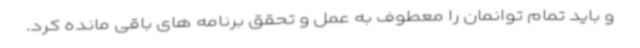
و باید تمام توانمان را معطوف به عمل و تحقق برنامه های باقی مانده کرد.